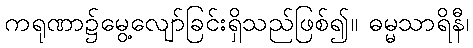
ကရုဏာ၌မွေ့လျော်ခြင်းရှိသည်ဖြစ်၍။ ဓမ္မသာရိနီ၊